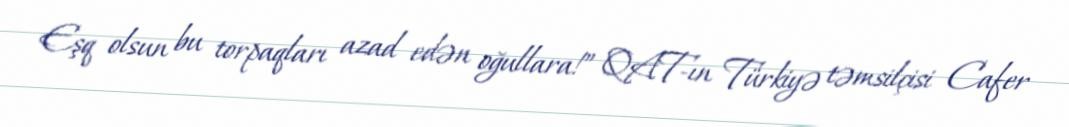
Eşq olsun bu torpaqları azad edən oğullara!” QAT-ın Türkiyə təmsilçisi Cafer